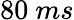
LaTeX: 80~ms